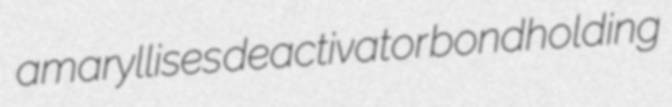
amaryllises deactivator bondholding